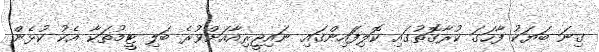
ގިނަ ބަޔަކު ފާހަގަ ކުރާގޮތުގައި ކޮލިފަައިންގައި ނައިޖީރިއާއަށްވުރެ ބަލި ޓީމުތަކާ އެކު ކުޅެން